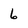
Character: 6